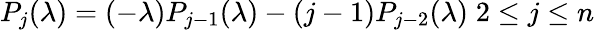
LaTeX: P_{j}(\lambda)=(-\lambda)P_{j-1}(\lambda)-(j-1)P_{j-2}(\lambda)\; 2\le j\le n